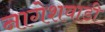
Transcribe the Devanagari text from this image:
नागेशवाडी